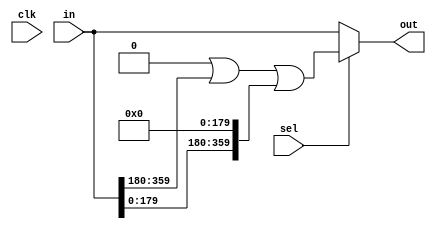
`timescale 1ns / 1ps

module barrel_shift_val #(
    parameter REG = 0,
    parameter WIDTH = 360,
    parameter SHIFT_VAL = 180
)(
    clk,
    in,
    sel,
    out
);
input  wire clk;
input  wire [WIDTH-1:0] in;
input  wire sel;
output wire [WIDTH-1:0] out;

reg  [0:WIDTH-1]shift;
always@(*) begin
    shift = 0;
    shift = shift | (in >> SHIFT_VAL);
    shift = shift | (in << (WIDTH-SHIFT_VAL));
end

wire [WIDTH-1:0]out_pre = (sel == 1'b1)? shift: in;
reg  [WIDTH-1:0]out_ff;
always@(posedge clk) begin
    out_ff <= out_pre;
end

generate 
    if(REG == 1) begin
        assign out = out_ff;
    end else begin
        assign out = out_pre;
    end
endgenerate

endmodule